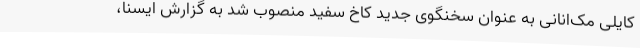
کایلی مک‌انانی به عنوان سخنگوی جدید کاخ سفید منصوب شد به گزارش ایسنا،